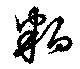
粕